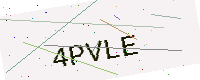
Text: 4PVLE